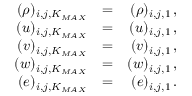
\begin{array} { r l r } { ( \rho ) _ { i , j , K _ { M A X } } } & { = } & { ( \rho ) _ { i , j , 1 } \, \mathrm { , } } \\ { ( u ) _ { i , j , K _ { M A X } } } & { = } & { ( u ) _ { i , j , 1 } \, \mathrm { , } } \\ { ( v ) _ { i , j , K _ { M A X } } } & { = } & { ( v ) _ { i , j , 1 } \, \mathrm { , } } \\ { ( w ) _ { i , j , K _ { M A X } } } & { = } & { ( w ) _ { i , j , 1 } \, \mathrm { , } } \\ { ( e ) _ { i , j , K _ { M A X } } } & { = } & { ( e ) _ { i , j , 1 } \, \mathrm { . } } \end{array}